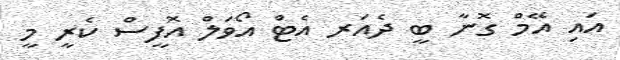
އައި އޭމް ގޮނާ ބީ ދެއަރ އެޓް އޯވަލް އޮފީސް ކެރީ މީ